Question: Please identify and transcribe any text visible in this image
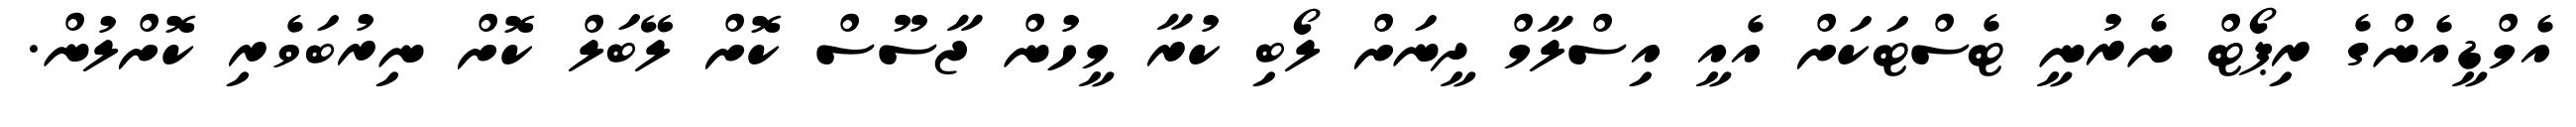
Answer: އެމްޑީއެންގެ ރިޕޯޓް ނެރުނީ ޓެސްޓަކަށް އެއީ އިސްލާމް ދީނަށް ލޯބި ކުރާ މީހުން ޖާސޫސް ކޮށް ލޭބަލް ކޮށް ނިރުބަވެރި ކޮށްލުން.